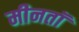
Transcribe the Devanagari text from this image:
मीनतॉ